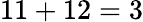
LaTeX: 11+12=3